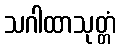
သဂါထာသုတ္တံ